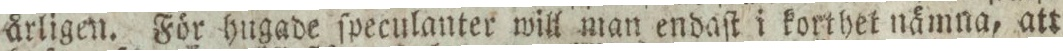
årligen. För hugade ſpeculanter will man endaſt i korthet nämna, att